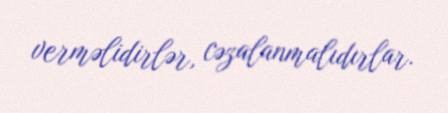
verməlidirlər, cəzalanmalıdırlar.